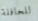
للحافلة